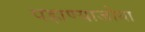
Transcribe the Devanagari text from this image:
पहाण्याजोगा